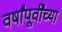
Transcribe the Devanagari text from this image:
वर्षांपूर्वींच्या